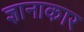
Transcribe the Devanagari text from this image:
ज्ञानाकार